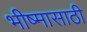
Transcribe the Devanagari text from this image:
भीष्मासाठी